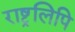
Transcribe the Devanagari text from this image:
राष्ट्रलिपि